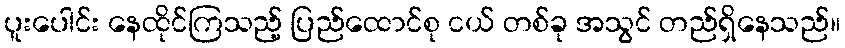
ပူးပေါင်း နေထိုင်ကြသည့် ပြည်ထောင်စု ငယ် တစ်ခု အသွင် တည်ရှိနေသည်။